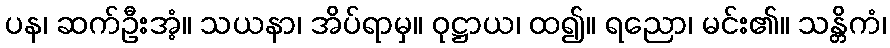
ပန၊ ဆက်ဦးအံ့။ သယနာ၊ အိပ်ရာမှ။ ဝုဋ္ဌာယ၊ ထ၍။ ရညော၊ မင်း၏။ သန္တိကံ၊